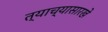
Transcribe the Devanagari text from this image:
त्याच्यासारखे